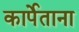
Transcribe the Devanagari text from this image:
कार्पेताना